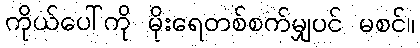
ကိုယ်ပေါ်ကို မိုးရေတစ်စက်မျှပင် မစင်။